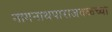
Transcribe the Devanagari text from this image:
नागनाथपाराजवळच्या